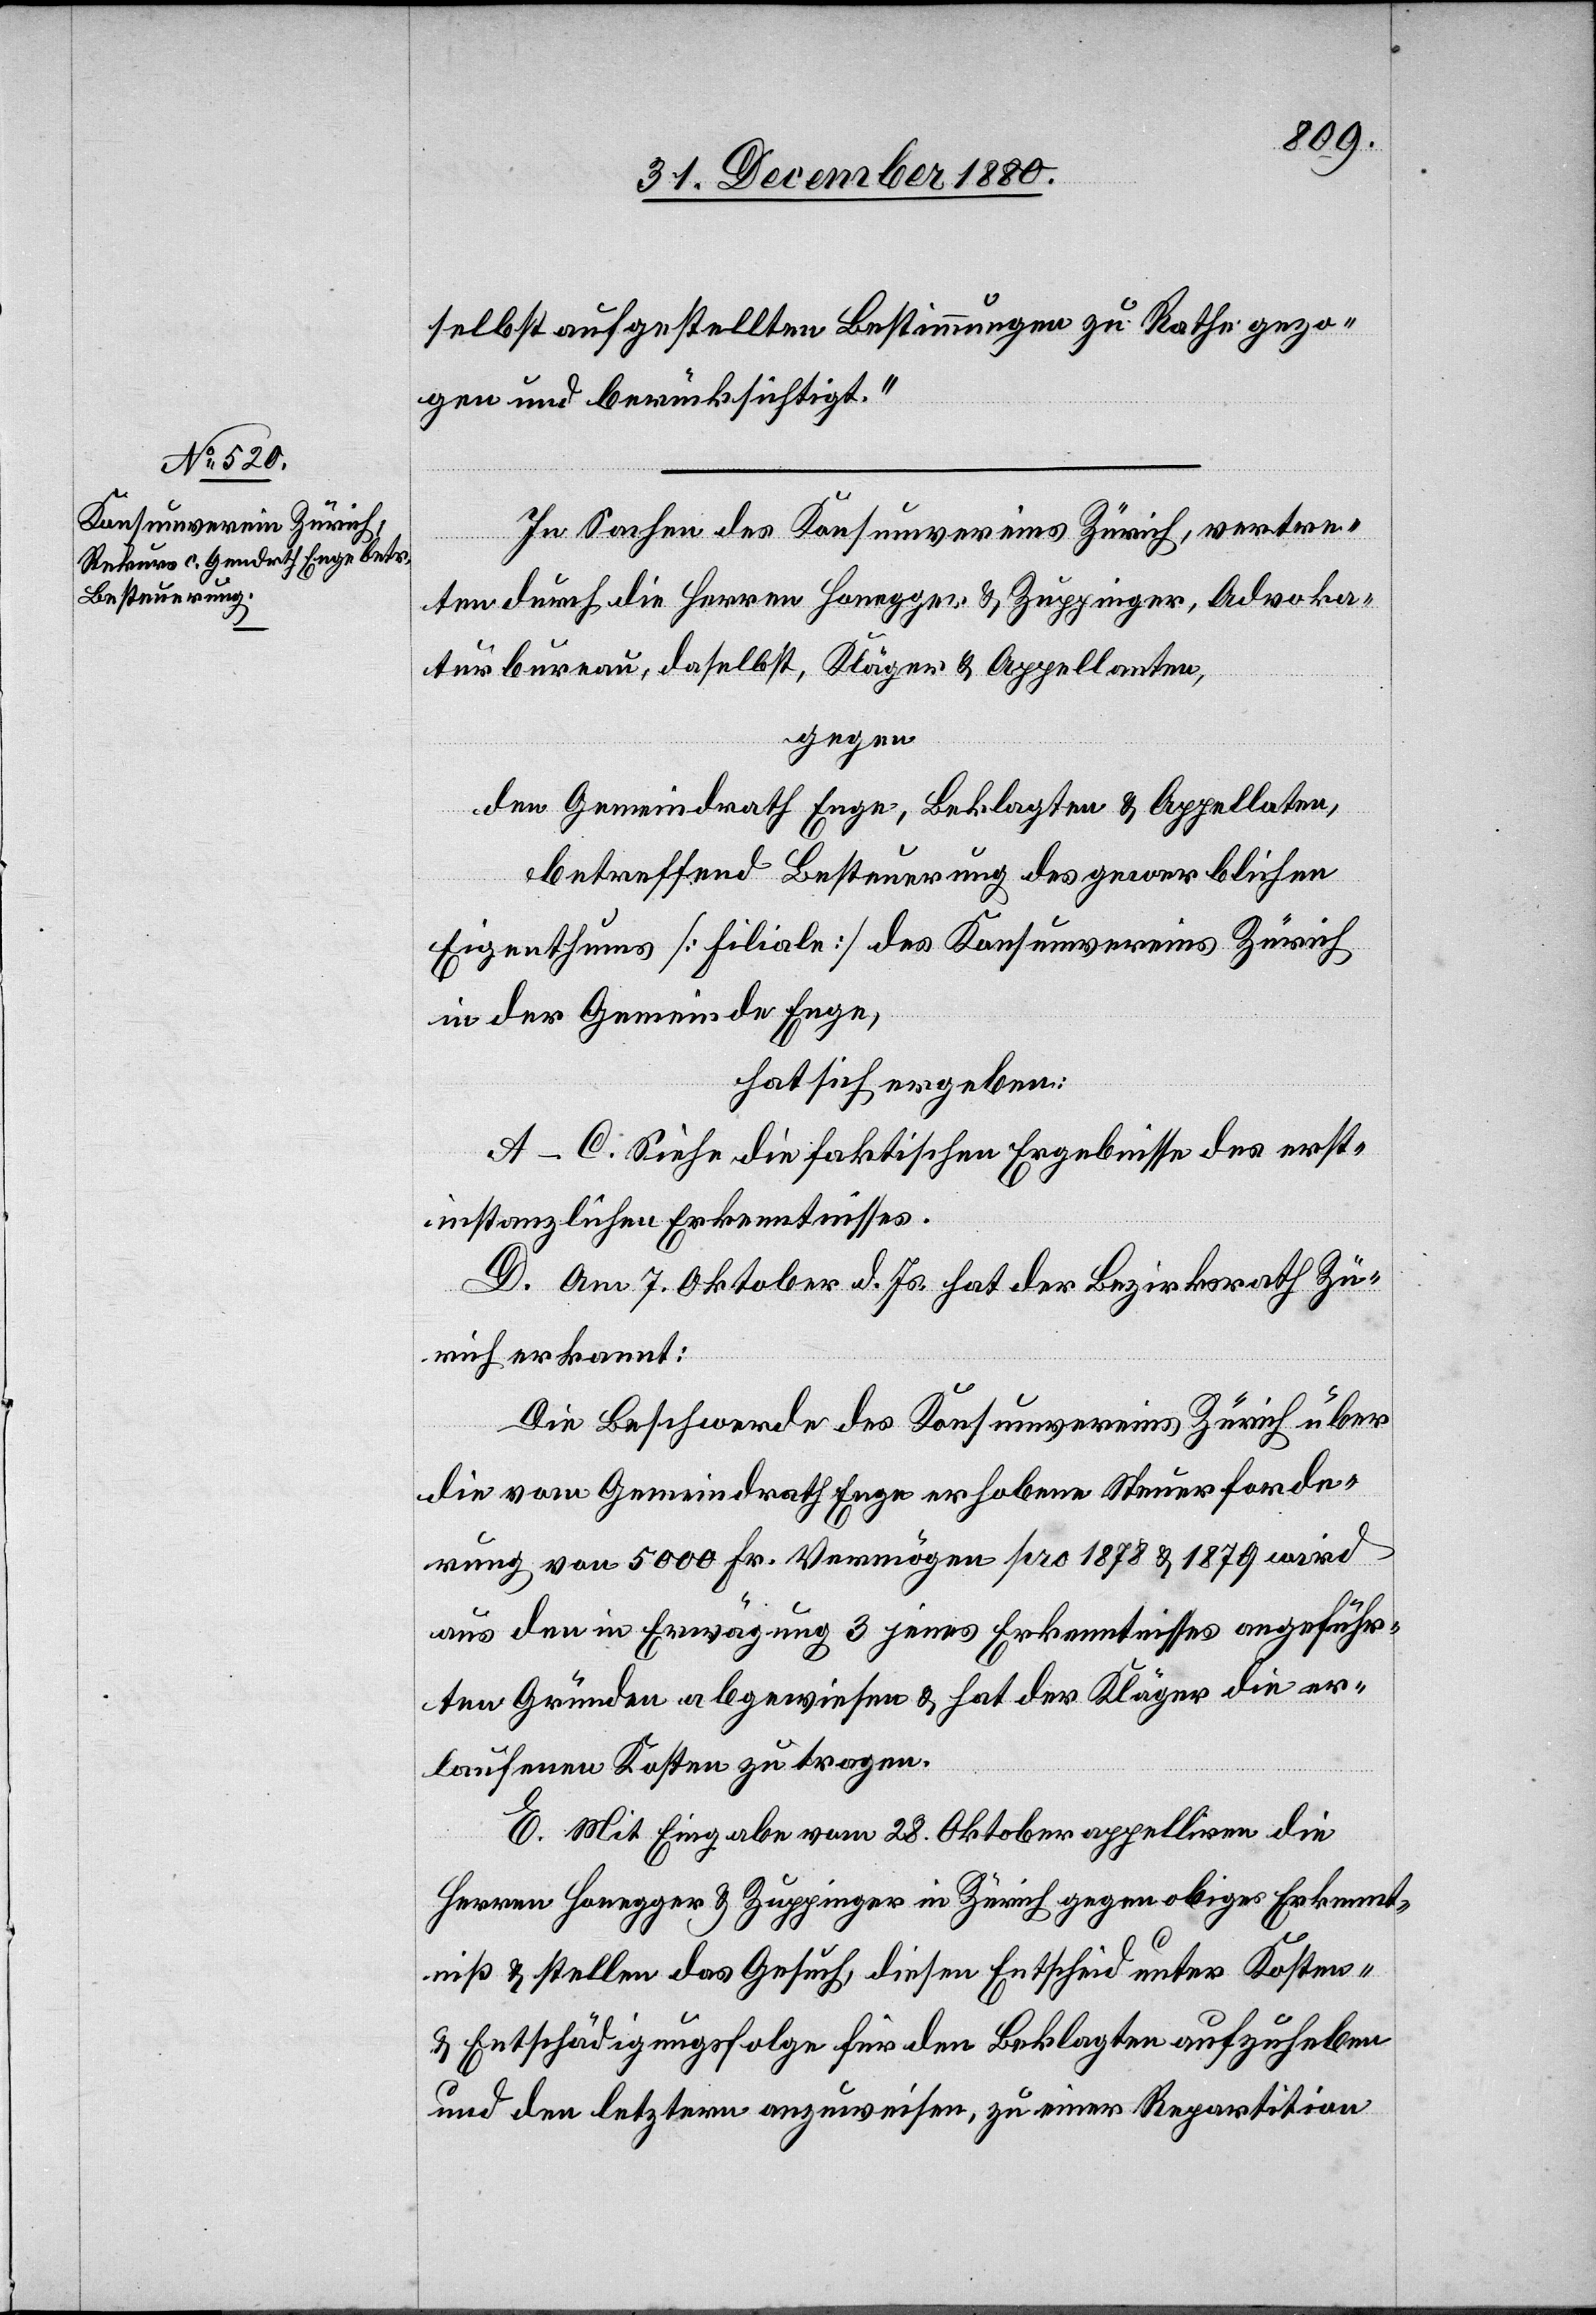
selbst aufgestellten Bestimmungen zu Rathe gezo¬
gen und berücksichtigt.“
In Sachen des Konsumvereins Zürich, vertre¬
ten durch die Herren Honegger, & Zuppinger, Advoka¬
turbureau, daselbst, Kläger & Appellanten,
gegen
den Gemeindrath Enge, Beklagten & Appellaten
betreffend Besteuerung des gewerblichen
Eigenthums [Filiale] des Konsumvereins Zürich
in der Gemeinde Enge,
hat sich ergeben:
A–C. Siehe die faktischen Ergebnisse des erst¬
instanzlichen Erkenntnisses.
D. Am 7. Oktober d. Js. hat der Bezirksrath Zü¬
rich erkannt:
Die Beschwerde des Konsumvereins Zürich über
die vom Gemeindrath Enge erhobene Steuerforde¬
rung von 5000 Fr. Vermögen pro 1878 & 1879 wird
aus den in Erwägung 3 jenes Erkenntnisses angeführ¬
ten Gründe abgewiesen & hat der Kläger die er¬
laufenen Kosten zu tragen.
E. Mit Eingabe vom 28. Oktober appelliren die
Herren Honegger & Zuppinger in Zürich gegen obige Erkennt¬
niß & stellen das Gesuch, diesen Entscheid unter Kosten
& Entschädigungsfolge für den Beklagten aufzuheben
und den letztern anzuweisen, zu einer Repartition